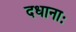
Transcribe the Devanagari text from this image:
दधानाः